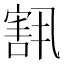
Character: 𫳶